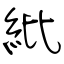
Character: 紕